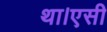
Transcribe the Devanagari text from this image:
था।एसी